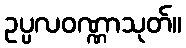
ဥပ္ပလဝဏ္ဏာသုတ်။